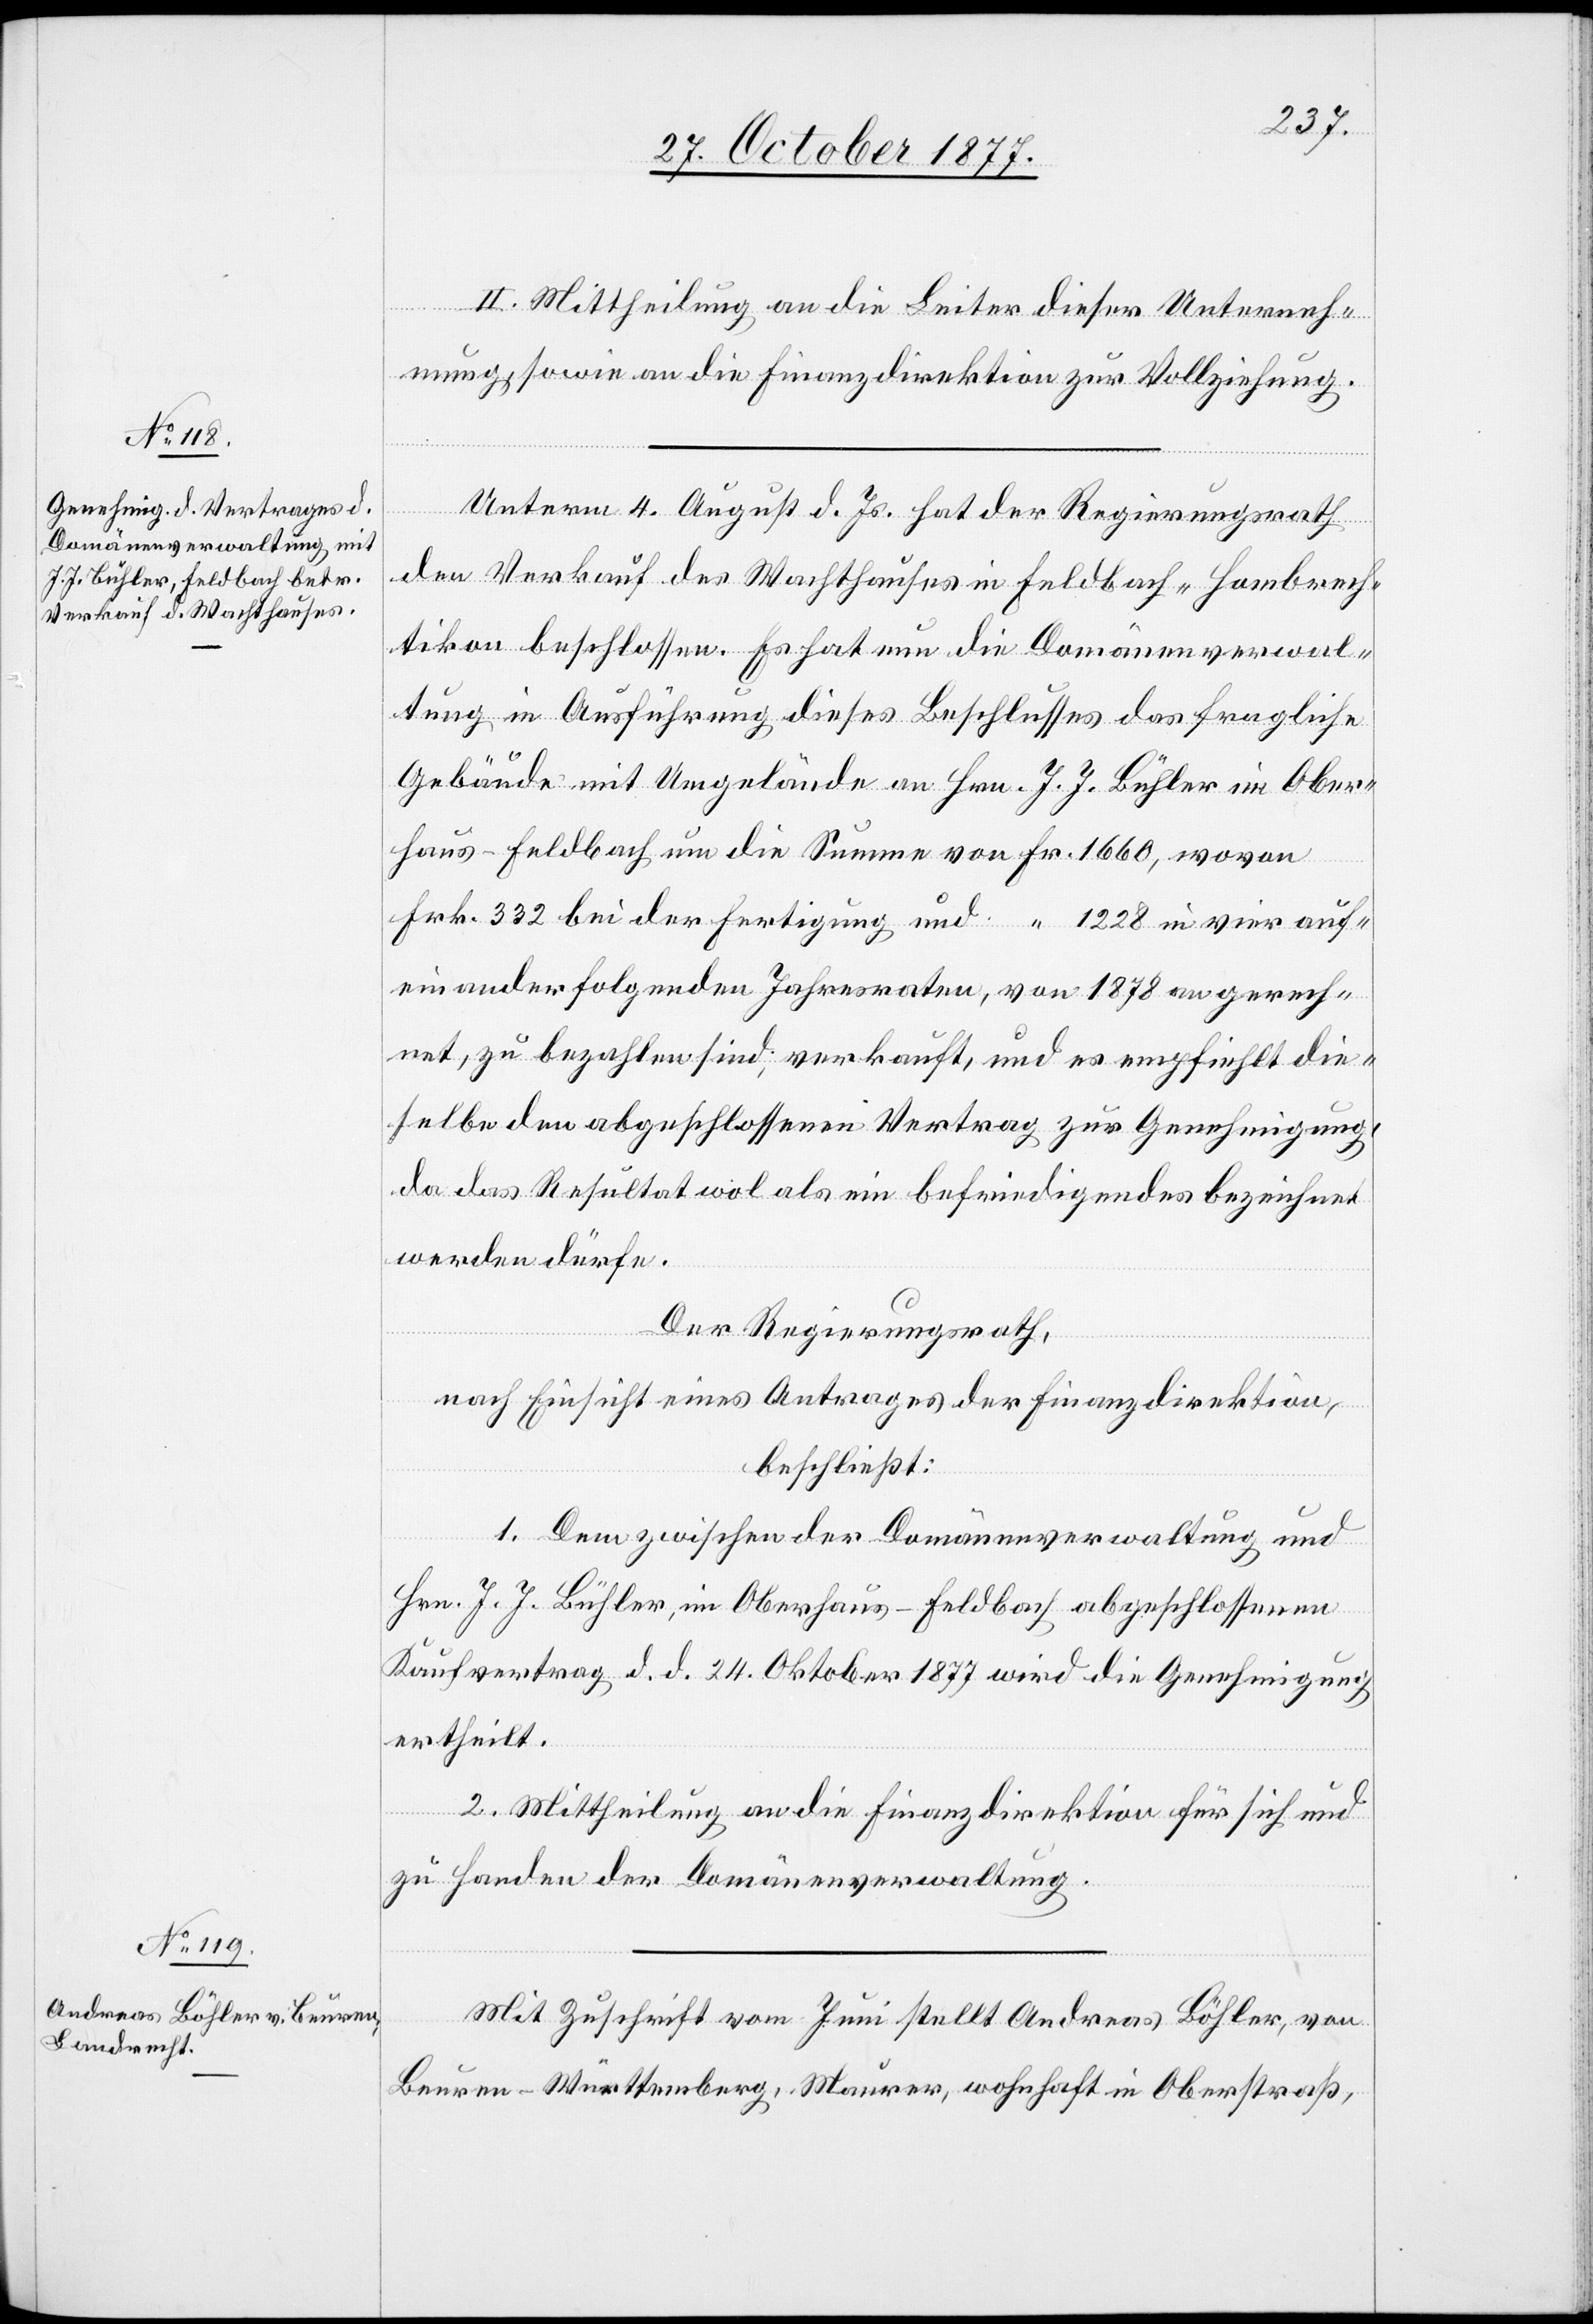
II. Mittheilung an die Leiter dieser Unterneh¬
mung, sowie an die Finanzdirektion zur Vollziehung.
Unterm 4. August d. Js. hat der Regierungsrath
den Verkauf des Wachthauses in Feldbach - Hombrech¬
tikon beschlossen. Es hat nun die Domänenverwal¬
tung in Ausführung dieses Beschlusses das fragliche
Gebäude mit Umgelände an Hrn. J. J. Bühler im Ober¬
haus - Feldbach um die Summe von Fr. 1660, wovon
Frk. 332 bei der Fertigung und [Fr.] 1228 in vier auf¬
einanderfolgenden Jahresraten, von 1878 an gerech¬
net, zu bezahlen sind, verkauft, und es empfiehlt die¬
selbe den abgeschlossenen Vertrag zur Genehmigung,
da das Resultat wol als ein befriedigendes bezeichnet
werden dürfe.
Der Regierungsrath,
nach Einsicht eines Antrages der Finanzdirektion,
beschließt:
1. Dem zwischen der Domänenverwaltung und
Hrn. J. J. Bühler, im Oberhaus - Feldbach abgeschlossenen
Kaufvertrag d. d. 24. Oktober 1877 wird die Genehmigung
ertheilt.
2. Mittheilung an die Finanzdirektion für sich und
zu Handen der Domänenverwaltung.
Mit Zuschrift vom Juni stellt Andreas Böhler, von
Beuren - Württemberg, Maurer, wohnhaft in Oberstraß,